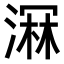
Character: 𣺉